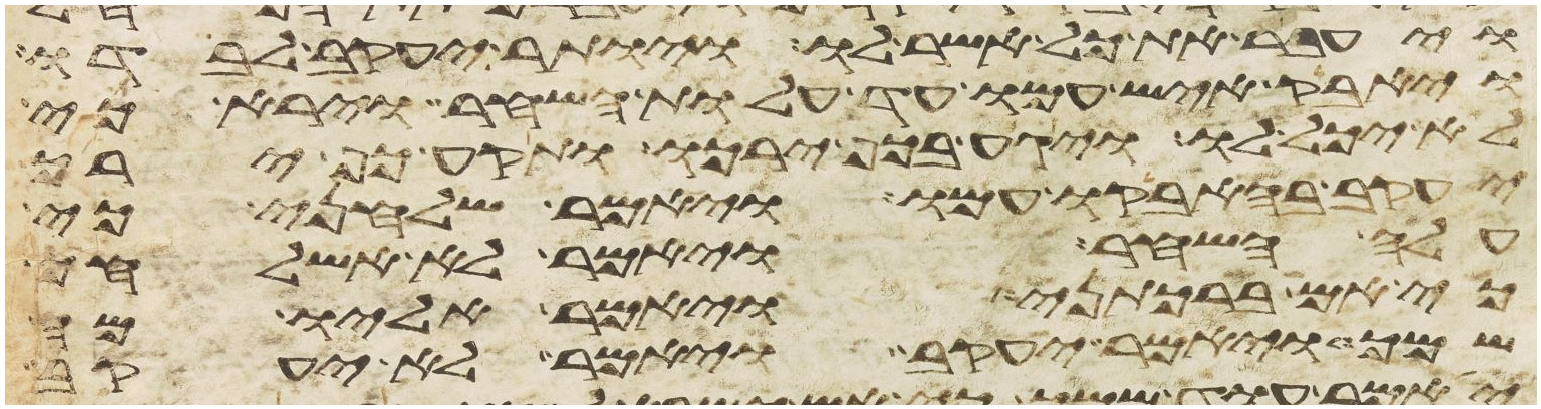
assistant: ויעבר את כל אשר לו ויותר יעקב לבדו
ויאבק איש עמו עד עלות השחר וירא כי
לא יכל לו ויגע בכף ירכו ותקע כף ירך
יעקב בהאבקו עמו ויאמר שלחני כי
עלה השחר ויאמר לא אשלחך
כי אם ברכתני ויאמר אליו מה
שמך ויאמר יעקב ויאמר לא יעקב